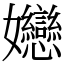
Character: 㜻